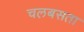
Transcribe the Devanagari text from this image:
चलबसता